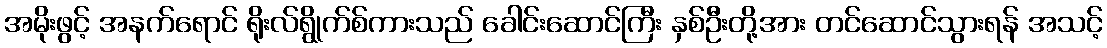
အမိုးဖွင့် အနက်ရောင် ရိုးလ်ရွိုက်စ်ကားသည် ခေါင်းဆောင်ကြီး နှစ်ဦးတို့အား တင်ဆောင်သွားရန် အသင့်